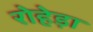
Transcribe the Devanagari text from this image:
रोहेड़ा